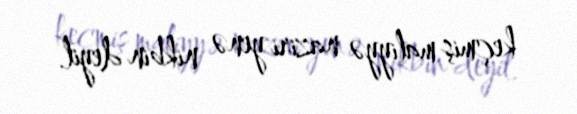
keçmiş maliyyə naziri yenə nikbin deyil.